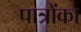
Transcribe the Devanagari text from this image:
पात्रोंको